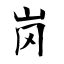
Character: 岗